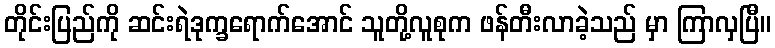
တိုင်းပြည်ကို ဆင်းရဲဒုက္ခရောက်အောင် သူတို့လူစုက ဖန်တီးလာခဲ့သည် မှာ ကြာလှပြီ။